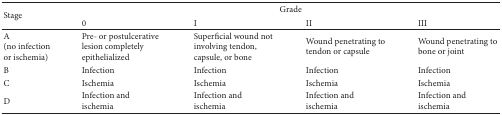
| <ROWSPAN=2> Stage | <COLSPAN=4> Grade |
 | 0 | I | II | III |
 | --- | --- | --- | --- | --- |
 | A (no infection or ischemia) | Pre- or postulcerative lesion completely epithelialized | Superficial wound not involving tendon, capsule, or bone | Wound penetrating to tendon or capsule | Wound penetrating to bone or joint |
 | B | Infection | Infection | Infection | Infection |
 | C | Ischemia | Ischemia | Ischemia | Ischemia |
 | D | Infection and ischemia | Infection and ischemia | Infection and ischemia | Infection and ischemia |